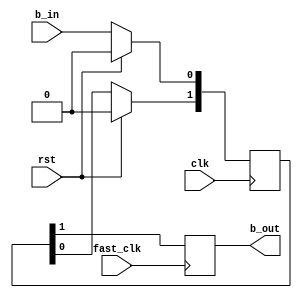
`timescale 1ns / 1ps

module debouncer(
	input clk,			// 10MHz clock? or just clk
	input fast_clk,	// fast clock for down sampling
	input rst,
	input b_in, 		// input that will be debounced
	output reg b_out 	// debounced output
);

	reg [1:0] DFF;		// D flip flops
	
	always @ (posedge clk)
	begin
		if (rst) begin
			DFF[0] <= 1'b0;
			DFF[1] <= 1'b0;
		end else begin
			DFF[0] <= b_in;
			DFF[1] <= DFF[0];
		end
	end
	

	// FF output based on state and a high frequency clock (clk_fast from clk_divider)
	always @ (posedge fast_clk)
	begin
		b_out <= DFF[1];
		//b_out <= b_in;
	end

endmodule